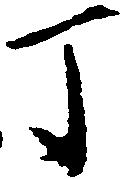
丁